Dysentery in Hazaribagh Central Jail - Number 52
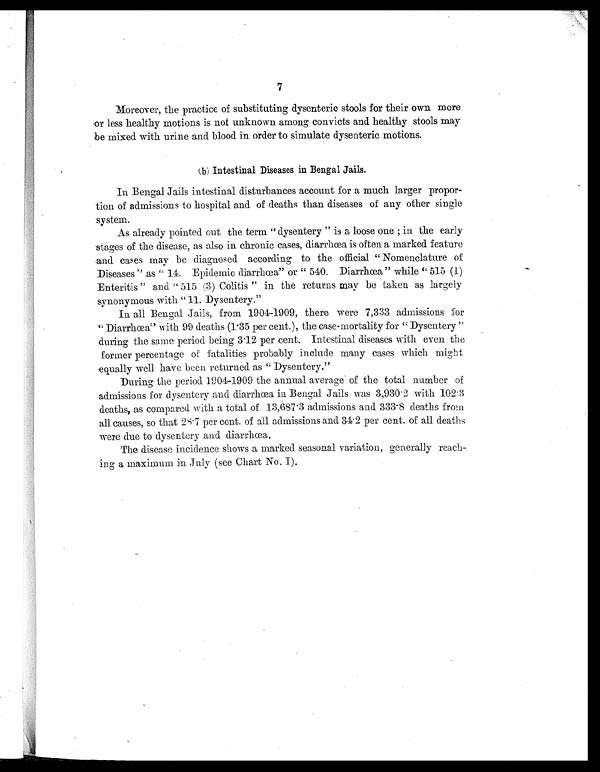
7
Moreover, the practice of substituting dysenteric stools for their own more
or less healthy motions is not unknown among convicts and healthy stools may
be mixed with urine and blood in order to simulate dysenteric motions.
(b) Intestinal Diseases in Bengal Jails.
In Bengal Jails intestinal disturbances account for a much larger propor-
tion of admissions to hospital and of deaths than diseases of any other single
system.
As already pointed out the term " dysentery " is a loose one ; in the early
stages of the disease, as also in chronic cases, diarrhœa is often a marked feature
and cases may be diagnosed according to the official " Nomenclature of
Diseases " as " 14. Epidemic diarrhœa" or " 540. Diarrhœa" while " 515 (1)
Enteritis " and " 515 (3) Colitis " in the returns may be taken as largely
synonymous with "11. Dysentery."
In all Bengal Jails, from 1904-1909, there were 7,333 admissions for
Diarrhœa" with 99 deaths (1.35 per cent.), the case-mortality for " Dysentery "
during the same period being 3.12 per cent. Intestinal diseases with even the
former percentage of fatalities probably include many cases which might
equally well have been returned as " Dysentery."
During the period 1904-1909 the annual average of the total number of
admissions for dysentery and diarrhœa in Bengal Jails was 3,930.2 with 102.3
deaths, as compared with a total of 13,687.3 admissions and 333.8 deaths from
all causes, so that 28.7 per cent. of all admissions and 34.2 per cent. of all deaths
were due to dysentery and diarrhœa.
The disease incidence shows a marked seasonal variation, generally reach-
ing a maximum in July (see Chart No. I).